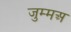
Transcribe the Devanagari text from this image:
जुम्मअ